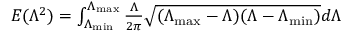
\begin{array} { r } { E ( \Lambda ^ { 2 } ) = \int _ { \Lambda _ { \operatorname* { m i n } } } ^ { \Lambda _ { \operatorname* { m a x } } } \frac { \Lambda } { 2 \pi } \sqrt { ( \Lambda _ { \operatorname* { m a x } } - \Lambda ) ( \Lambda - \Lambda _ { \operatorname* { m i n } } ) } d \Lambda } \end{array}